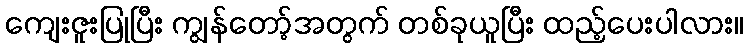
ကျေးဇူးပြုပြီး ကျွန်တော့်အတွက် တစ်ခုယူပြီး ထည့်ပေးပါလား။